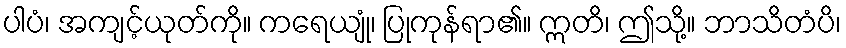
ပါပံ၊ အကျင့်ယုတ်ကို။ ကရေယျုံ၊ ပြုကုန်ရာ၏။ ဣတိ၊ ဤသို့။ ဘာသိတံပိ၊